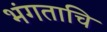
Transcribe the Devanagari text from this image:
भंगताचि